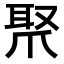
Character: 𤔛